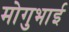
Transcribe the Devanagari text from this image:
मोगुभाई